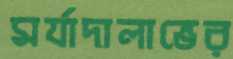
মর্যাদালাভের